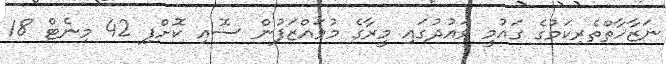
ނަޒާހާތްތެރިކަމުގެ ގައުމީ ވައުދުގައި މީރާގެ މުވައްޒަފުން ސޮއި ކޮށްފި 42 މިނެޓް 18